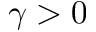
\gamma > 0